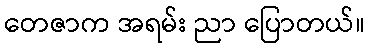
တေဇာက အရမ်း ညာ ပြောတယ်။